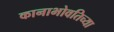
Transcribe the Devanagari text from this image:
कानाभोवतिच्या